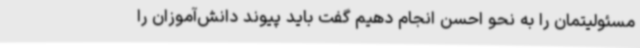
مسئولیتمان را به نحو احسن انجام دهیم گفت باید پیوند دانش‌آموزان را